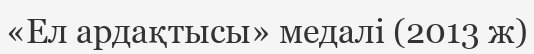
«Ел ардақтысы» медалі (2013 ж)